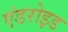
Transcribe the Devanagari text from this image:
एंडरोइड